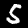
Digit: 5